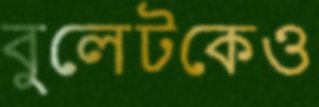
বুলেটকেও